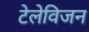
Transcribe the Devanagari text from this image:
टेलेविजन